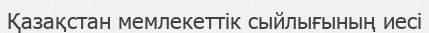
Қазақстан мемлекеттік сыйлығының иесі